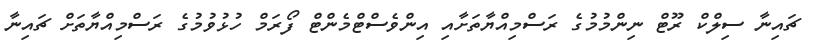
ޗައިނާ ސިލްކް ރޫޓް ނިންމުމުގެ ރަސްމިއްޔާތަށާއި އިންވެސްޓްމެންޓް ފޯރަމް ހުޅުވުމުގެ ރަސްމިއްޔާތަށް ޗައިނާ